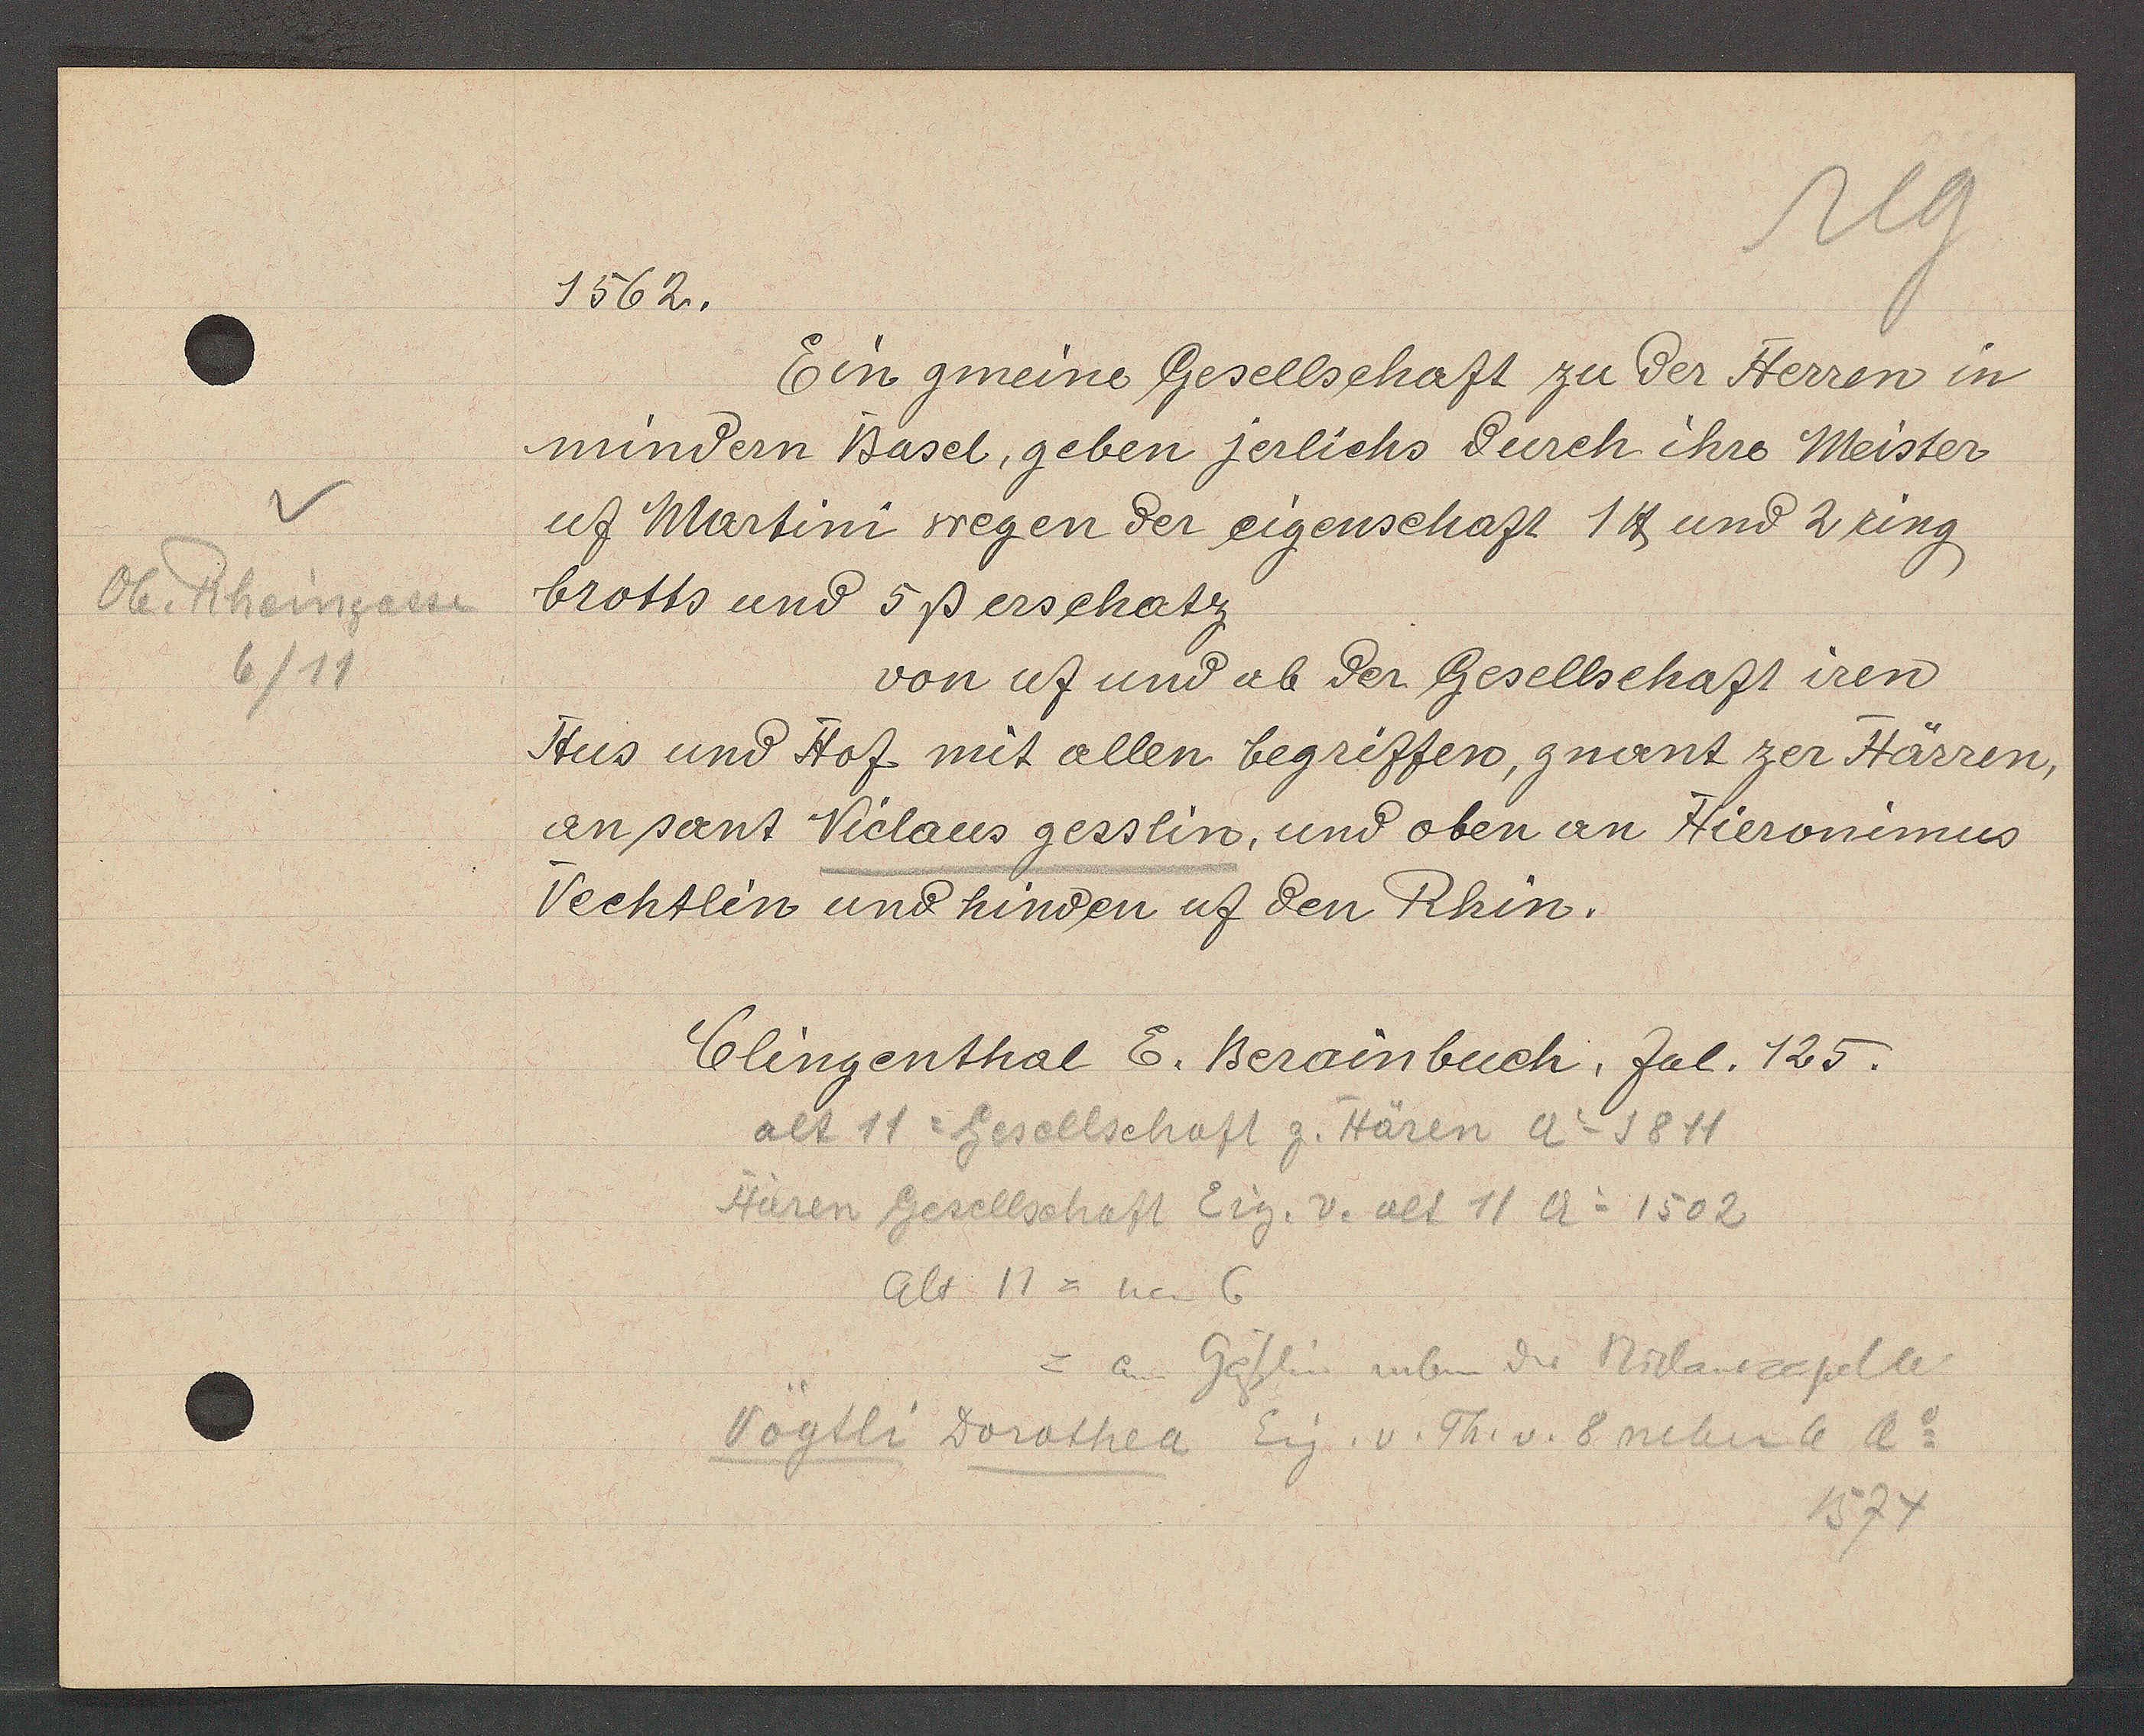
Transcript:
Ob. Rheingasse
6/11

1562.

Ein gmeine Gesellschaft zu der Herren in
mindern Basel, geben jerlichs durch ihre Meister
uf Martini wegen der eigenschaft 1 ℔ und 2 ring
brotts und 5ß erschatz
von uf und ab der Gesellschaft iren
Hus und Hof mit allen begriffen, gnant zer Härren,
an sant Niclaus gesslin, und oben an Hieronimus
Vechtlin und hinden uf den Rhin.

Clingenthal E. Berainbuch, fol. 125.

alt 11 = Gesellschaft z. Hären Ao 1811
Hären Gesellschaft Eig. v. alt 11 Ao 1502
alt 11 = neu 6
= an Gässlin neben der Niclauscapelle
Vögtli Dorothea Eig. v. Th. v. 8 neben 6 ao
1574